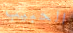
الحبيب